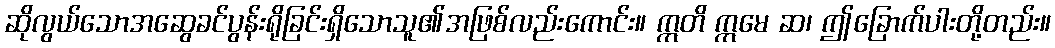
ဆိုလွယ်သောအဆွေခင်ပွန်းရိုခြင်းရှိသောသူ၏အဖြစ်လည်းကောင်း။ ဣတိ ဣမေ ဆ၊ ဤခြောက်ပါးတို့တည်း။